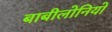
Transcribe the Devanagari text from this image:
बाबीलोनियो